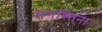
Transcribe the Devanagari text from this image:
अगस्तिना